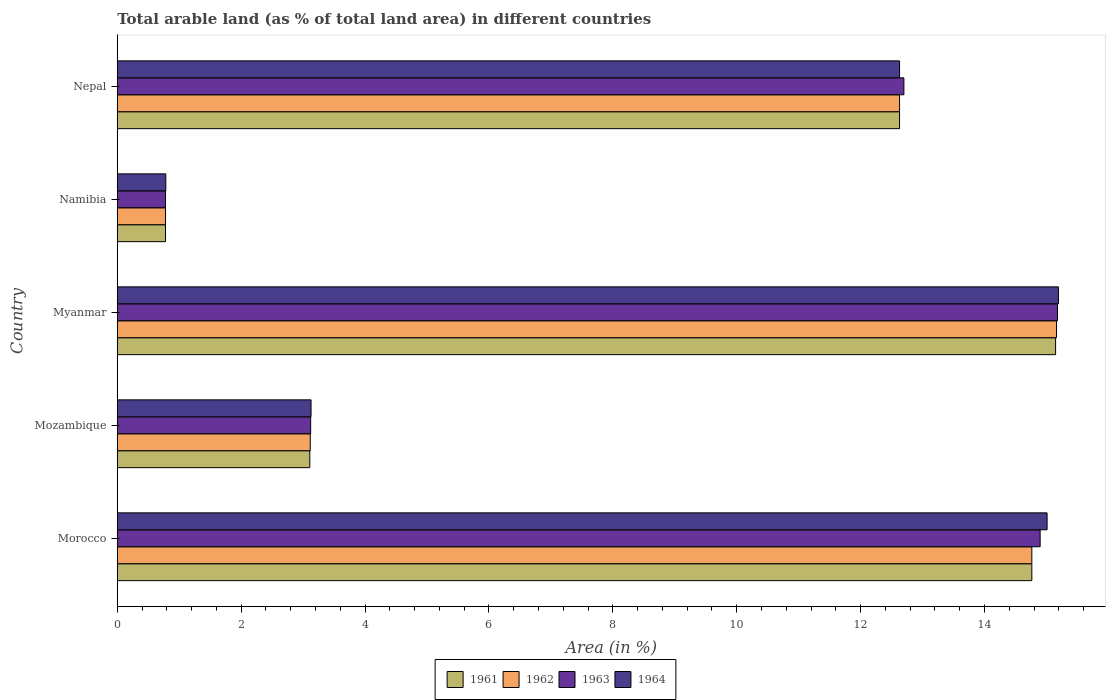
| Country | 1961 | 1962 | 1963 | 1964 |
 | --- | --- | --- | --- | --- |
 | Morocco | 14.8 | 14.8 | 14.9 | 15 |
 | Mozambique | 3.11 | 3.12 | 3.12 | 3.13 |
 | Myanmar | 15.1 | 15.2 | 15.2 | 15.2 |
 | Namibia | 0.779 | 0.779 | 0.779 | 0.783 |
 | Nepal | 12.6 | 12.6 | 12.7 | 12.6 |